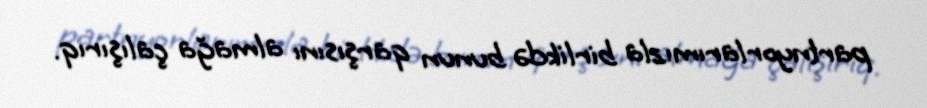
partnyorlarımızla birlikdə bunun qarşısını almağa çalışırıq.